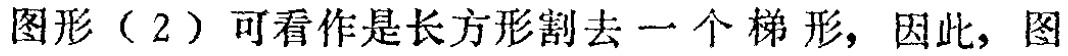
图形（2）可看作是长方形割去一个梯形，因此，图